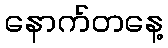
နောက်တနေ့